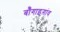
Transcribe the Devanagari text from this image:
बॉँगाइगांव